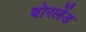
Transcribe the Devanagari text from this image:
बोरलेंड